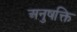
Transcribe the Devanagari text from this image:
अनुषक्ति